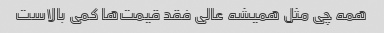
همه چی مثل همیشه عالی فقد قیمت‌ها کمی بالاست